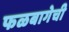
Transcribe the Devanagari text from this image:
फळबागेची